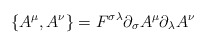
\begin{align*}\{A^{\mu},A^{\nu}\} = F^{\sigma \lambda}\partial_{\sigma}A^{\mu}\partial_{\lambda}A^{\nu}\end{align*}